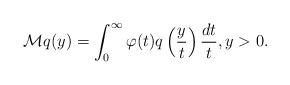
LaTeX: \begin{align*} \mathcal M q(y) = \int_0^{\infty} \varphi(t) q \left( \frac{y}{t} \right) \frac{dt}{t}, y > 0. \end{align*}